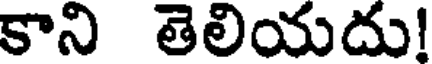
కాని తెలియదు!